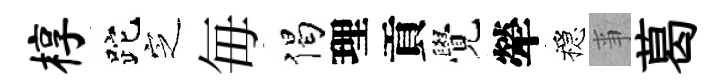
椁跎㝎毎偈理貢覺犖穩亊葛